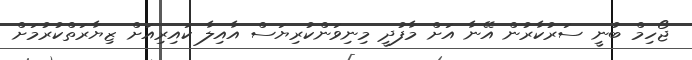
ޖޯހިމް ބުނީ ސަރުކާރުން އޭނާ އަށް މާފުދީ މިނިވަންކުރިޔަސް އާއިލާ ކައިރިއަށް ޒިޔާރަތްކުރުމަށް